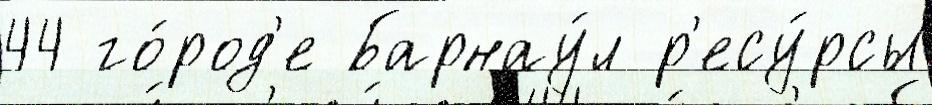
44 го́род'е Барнау́л р'есу́рсы